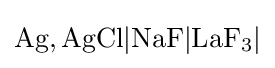
{\ce {Ag,AgCl|NaF|LaF3|}}